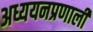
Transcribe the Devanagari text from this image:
अध्ययनप्रणाली